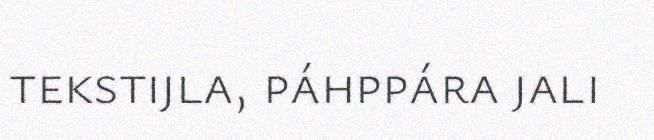
tekstijla, páhppára jali